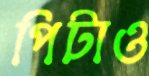
পিটাও